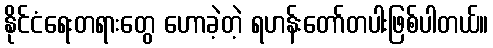
နိုင်ငံရေးတရားတွေ ဟောခဲ့တဲ့ ရဟန်းတော်တပါးဖြစ်ပါတယ်။